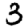
Digit: 3